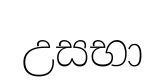
උසභා